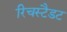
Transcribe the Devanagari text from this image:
रिचस्टैडट